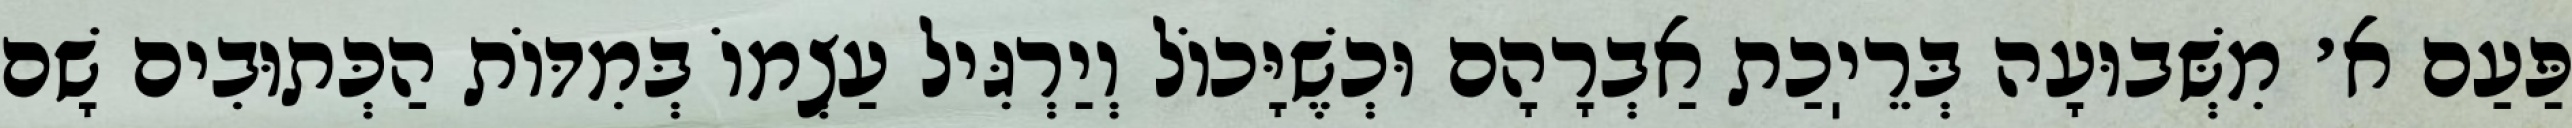
פַּעַם א׳ מִשְּׁבוּעָה בְּרֵיֽכַת אַבְרָהָם וּכְשֶׁיָּכוֹל וְיַרְגִּיל עַצְמוֹ בְּמִדּוֹת הַכְּתוּבִים שָׁם